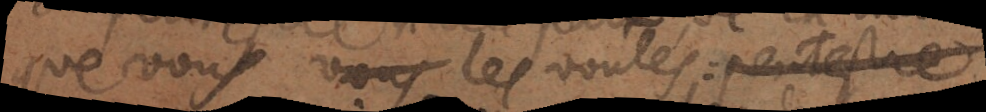
que vous vous les voulés: peutestre